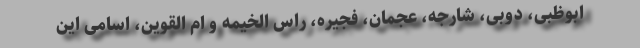
ابوظبی، دوبی، شارجه، عجمان، فجیره، راس الخیمه و ام القوین، اسامی این